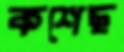
কশেছ